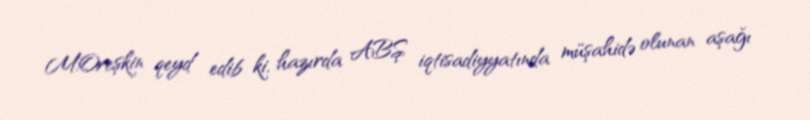
M.Oreşkin qeyd edib ki, hazırda ABŞ iqtisadiyyatında müşahidə olunan aşağı